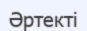
Әртекті